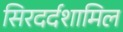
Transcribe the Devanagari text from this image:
सिरदर्दशामिल